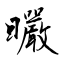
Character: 曮